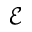
\mathcal { E }